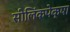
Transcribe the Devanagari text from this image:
सीलिंकपेक्षा